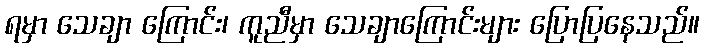
ရမှာ သေချာ ကြောင်း၊ ကူညီမှာ သေချာကြောင်းများ ပြောပြနေသည်။